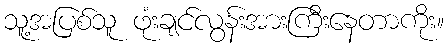
သူ့အပြစ်သူ ဖုံးချင်လွန်းအားကြီးနေတာကိုး။